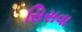
સિસવા